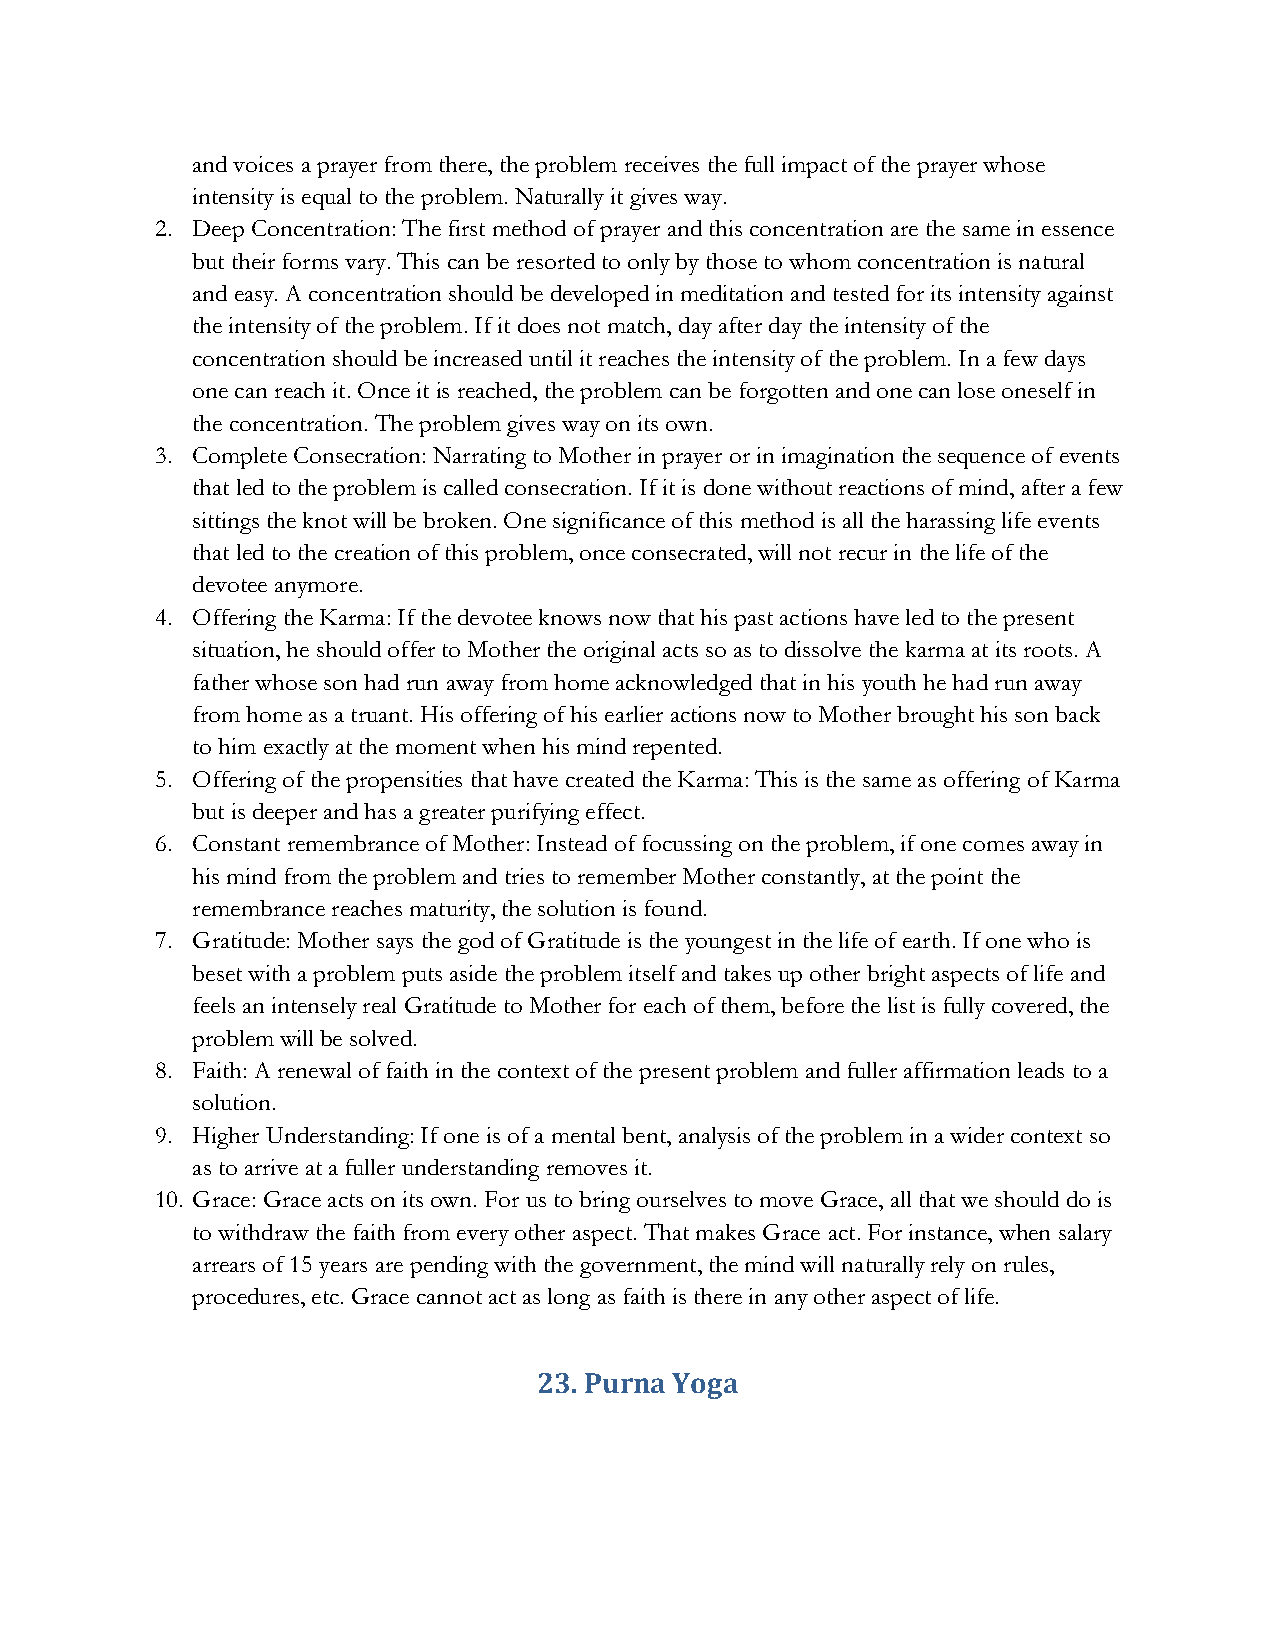
and voices a prayer from there, the problem receives the full impact of the prayer whose
 intensity is equal to the problem. Naturally it gives way.
 2. Deep Concentration: The first method of prayer and this concentration are the same in essence
 but their forms vary. This can be resorted to only by those to whom concentration is natural
 and easy. A concentration should be developed in meditation and tested for its intensity against
 the intensity of the problem. If it does not match, day after day the intensity of the
 concentration should be increased until it reaches the intensity of the problem. In a few days
 one can reach it. Once it is reached, the problem can be forgotten and one can lose oneself in
 the concentration. The problem gives way on its own.
 3. Complete Consecration: Narrating to Mother in prayer or in imagination the sequence of events
 that led to the problem is called consecration. If it is done without reactions of mind, after a few
 sittings the knot will be broken. One significance of this method is all the harassing life events
 that led to the creation of this problem, once consecrated, will not recur in the life of the
 devotee anymore.
 4. Offering the Karma: If the devotee knows now that his past actions have led to the present
 situation, he should offer to Mother the original acts so as to dissolve the karma at its roots. A
 father whose son had run away from home acknowledged that in his youth he had run away
 from home as a truant. His offering of his earlier actions now to Mother brought his son back
 to him exactly at the moment when his mind repented.
 5. Offering of the propensities that have created the Karma: This is the same as offering of Karma
 but is deeper and has a greater purifying effect.
 6. Constant remembrance of Mother: Instead of focussing on the problem, if one comes away in
 his mind from the problem and tries to remember Mother constantly, at the point the
 remembrance reaches maturity, the solution is found.
 7. Gratitude: Mother says the god of Gratitude is the youngest in the life of earth. If one who is
 beset with a problem puts aside the problem itself and takes up other bright aspects of life and
 feels an intensely real Gratitude to Mother for each of them, before the list is fully covered, the
 problem will be solved.
 8. Faith: A renewal of faith in the context of the present problem and fuller affirmation leads to a
 solution.
 9. Higher Understanding: If one is of a mental bent, analysis of the problem in a wider context so
 as to arrive at a fuller understanding removes it.
 10. Grace: Grace acts on its own. For us to bring ourselves to move Grace, all that we should do is
 to withdraw the faith from every other aspect. That makes Grace act. For instance, when salary
 arrears of 15 years are pending with the government, the mind will naturally rely on rules,
 procedures, etc. Grace cannot act as long as faith is there in any other aspect of life.
 23. Purna Yoga